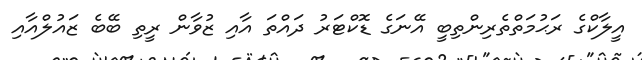
އީލާކްގެ ރަޙުމަތްތެރިންތިބީ އޭނަގެ ޑޮކްޓަރު ދައްތަ އާއި ޒުވާން ރީތި ބޭބެ ޒައުލްއާއި